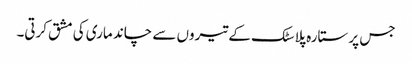
جس پر ستارہ پلاسٹک کے تیروں سے چاند ماری کی مشق کرتی۔